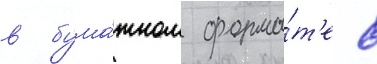
в бума́жном форма́т'е 8